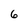
Character: 6